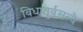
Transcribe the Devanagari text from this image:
विधातुर्वसत्यै